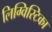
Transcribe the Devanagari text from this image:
लिग्विस्टिका